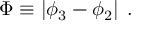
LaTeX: \Phi \equiv \left| \phi _ { 3 } - \phi _ { 2 } \right| \; .